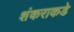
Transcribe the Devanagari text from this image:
शंकराकडे